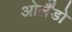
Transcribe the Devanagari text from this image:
ओर्लैंडो